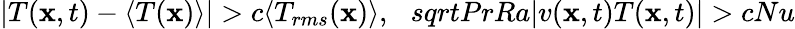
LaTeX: |T(\mathbf{x},t)-\langle T(\mathbf{x})\rangle|>c\langle T_{rms}(\mathbf{x})\rangle,\ \ \, sqrt{PrRa}|v(\mathbf{x},t)T(\mathbf{x},t)|>cNu